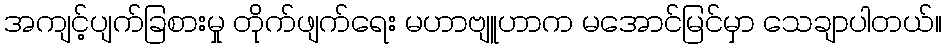
အကျင့်ပျက်ခြစားမှု တိုက်ဖျက်ရေး မဟာဗျူဟာက မအောင်မြင်မှာ သေချာပါတယ်။